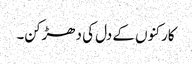
کارکنوں کے دل کی دھڑکن۔